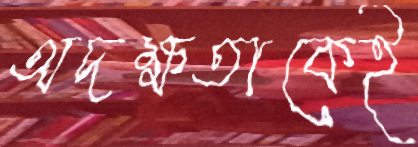
অদক্ষতাকেই